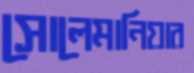
সোলেমানিয়ার